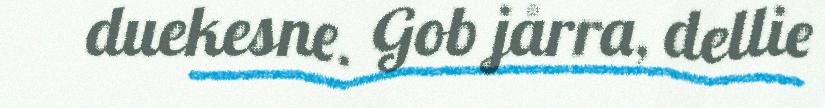
duekesne. Gob jårra, dellie